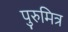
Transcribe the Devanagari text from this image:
पुरुमित्र